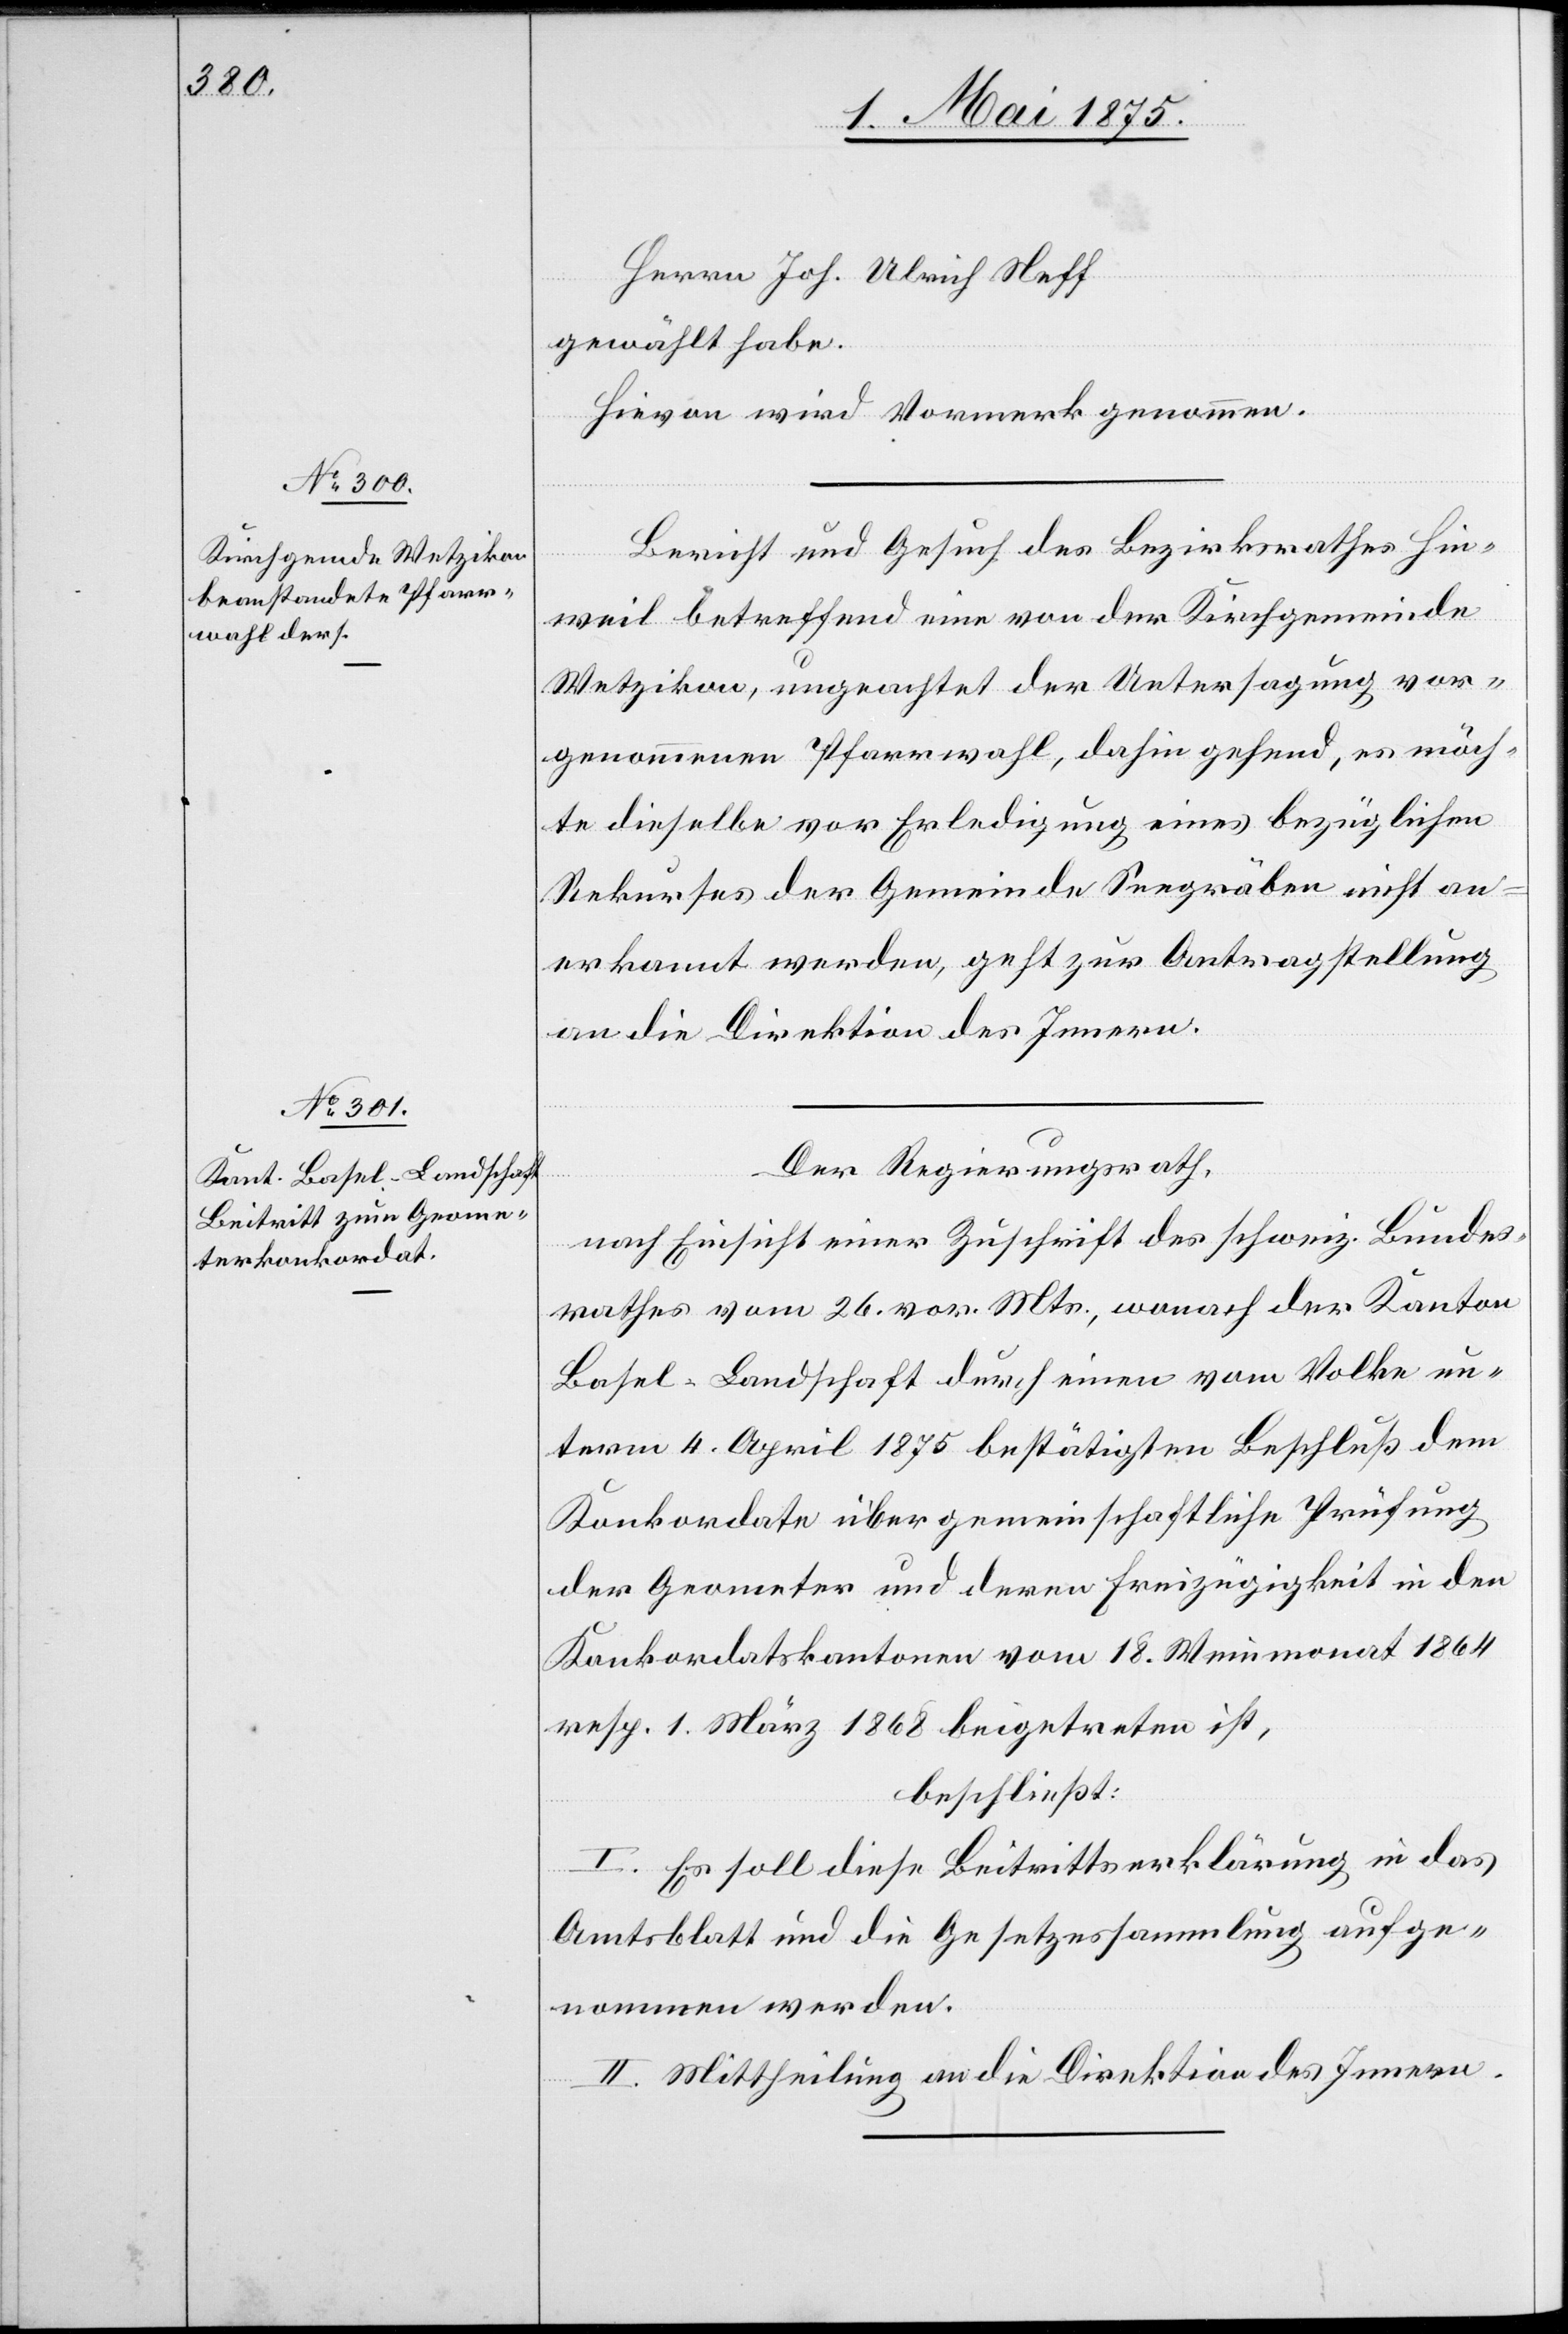
Herrn Joh. Ulrich Neff
gewählt habe.
Hievon wird Vormerk genommen.
Bericht und Gesuch des Bezirksrathes Hin¬
weil betreffend eine von der Kirchgemeinde
Wetzikon, ungeachtet der Untersagung vor¬
genommenen Pfarrwahl, dahin gehend, es möch¬
te dieselbe vor Erledigung eines bezüglichen
Rekurses der Gemeinde Seegräben nicht an¬
erkannt werden, geht zur Antragstellung
an die Direktion des Innern.
Der Regierungsrath,
nach Einsicht einer Zuschrift des schweiz. Bundes¬
rathes vom 26. vor. Mts., wonach der Kanton
Basel-Landschaft durch einen vom Volke un¬
term 4. April 1875 bestätigten Beschluß dem
Konkordate über gemeinschaftliche Prüfung
der Geometer und deren Freizügigkeit in den
Konkordatskantonen vom 18.Weinmonat 1864
resp. 1. März 1868 beigetreten ist,
beschließt:
I. Es soll diese Beitrittserklärung in das
Amtsblatt und die Gesetzessammlung aufge¬
nommen werden.
II. Mittheilung an die Direktion des Innern.